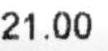
21.00